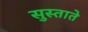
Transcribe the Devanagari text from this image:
सुस्ताते